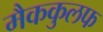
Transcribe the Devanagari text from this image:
मैककुलफ